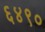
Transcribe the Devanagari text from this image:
६४९०